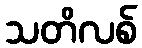
သတိလစ်